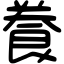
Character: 飬